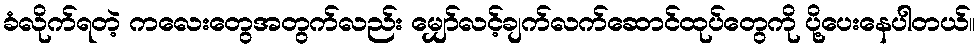
ခံလိုက်ရတဲ့ ကလေးတွေအတွက်လည်း မျှော်လင့်ချက်လက်ဆောင်ထုပ်တွေကို ပို့ပေးနေပါတယ်။